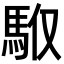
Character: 𩢇